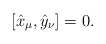
\begin{align*}[\hat{x}_\mu,\hat{y}_\nu]=0.\end{align*}